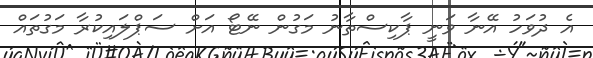
އެ ދުވަހު އޭނާ ވަނީ ޕާކިސްތާނު މަގުން ނޭޓޯ އަށް ސަޕްލައިކުރާ މަގުތައް